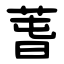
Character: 萅